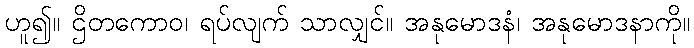
ဟူ၍။ ဌိတကောဝ၊ ရပ်လျက် သာလျှင်။ အနုမောဒနံ၊ အနုမောဒနာကို။